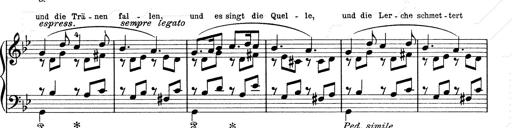
Title: 6 Polish Songs
Composer: Franz Liszt